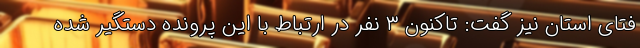
فتای استان نیز گفت: تاکنون ۳ نفر در ارتباط با این پرونده دستگیر شده